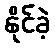
နိုင်ခဲ့